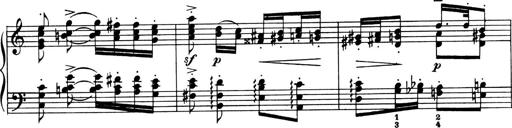
Title: 4 Sonatines
Composer: Max Reger